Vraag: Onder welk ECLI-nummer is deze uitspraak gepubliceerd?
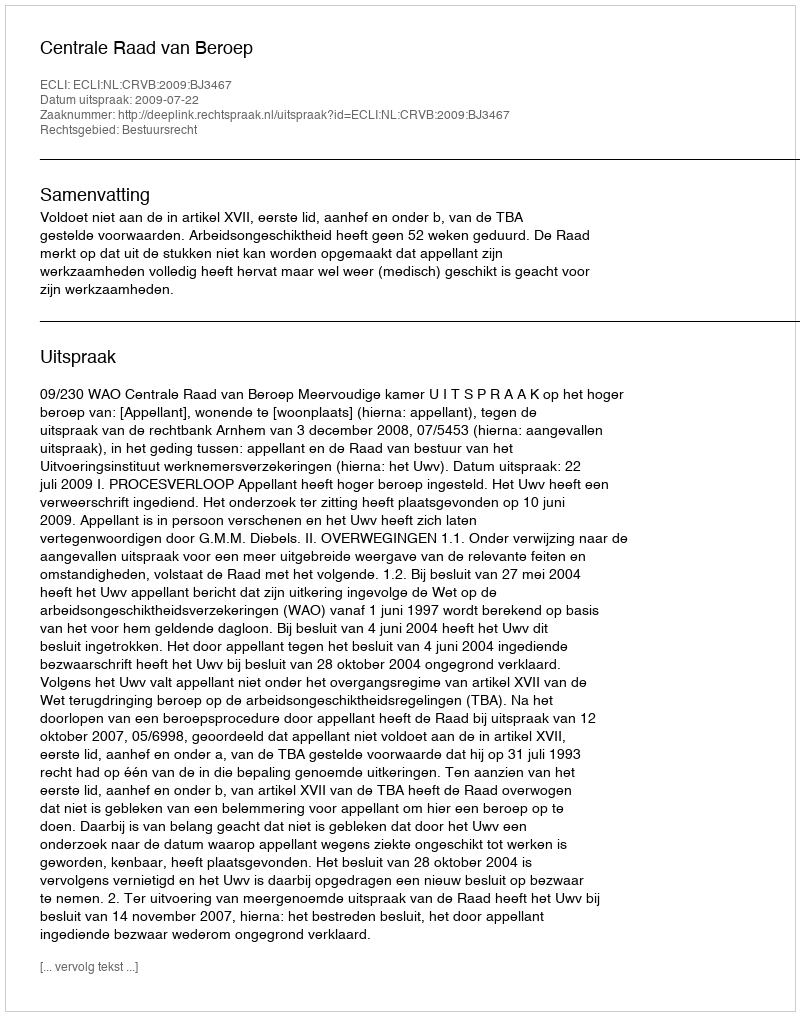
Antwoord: ECLI:NL:CRVB:2009:BJ3467